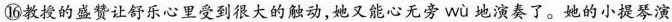
⑩教授的盛赞让舒乐心里受到很大的触动，她又能心无旁 wù 地演奏了。她的小提琴演